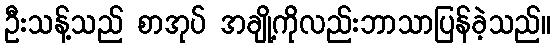
ဦးသန့်သည် စာအုပ် အချို့ကိုလည်းဘာသာပြန်ခဲ့သည်။